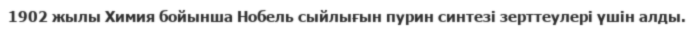
1902 жылы Химия бойынша Нобель сыйлығын пурин синтезі зерттеулері үшін алды.